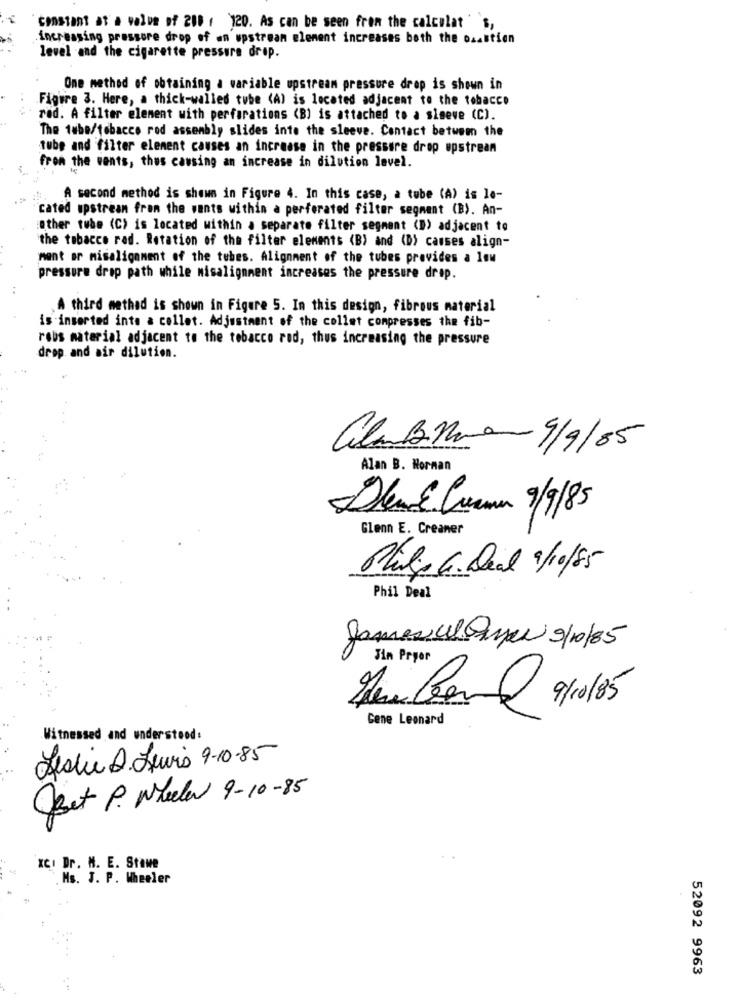
constant at a value of 288 ( 120. As can be seen from the calculat ' s,
increasing pressore drop of an upstream element increases both the osastion
level and the cigarette pressure drop.
One method of obtaining a variable upstream pressure drop is shown in
Figure 3. Here, a thick-walled tube (A) is located adjacent to the tobacco
rad. A filter element with perforations <B) is attached to a siseve (C).
The tube/tobacco rod assembly slides inte the sleeve. Contact betwem the
tube and filter element causes an increase in the pressure drop upstream
from the vents, thus causing an increase in dilution level.
A second method is shown in Figure 4. In this case, a tube (A) is le-
cated upstream from the wants within a perforated filter segment (B). An-
other tube (C) is located within a separate filter segment (D) adjacent to
the tobacco rad. Rotation of the filter elements (B) and (D) casses align-
ment or misalignment of the tubes. Alignment of the tubes provides a low
pressure drop path while misalignment increases the pressure drop.
..
A third methad is shown in Figure 5. In this design, fibrous material
is inserted into a collet. Adjustment of the collet compresses the fib-
robs material adjacent to the tobacco red, thus increasing the pressure
drop. and air dilution.
alamBre 9/9/85
Alan B. Norman
Deand Creamun 9/9/85
Glenn E. Creaner
Plul G. Deal 9/10/85
Phil Deal
James clCamper 9/10/85
Jin Pryor
Huber 9/10/85
Gene Leonard
Witnessed and understood:
Jeslie D.Levis 9-10-85
Bet P. Wheeler 9-10-85
XCI Dr. M. E. Stawe
Ms. J. P. Wheeler
52092 9963